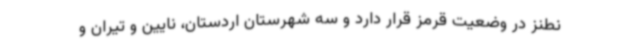
نطنز در وضعیت قرمز قرار دارد و سه شهرستان اردستان، نایین و تیران و